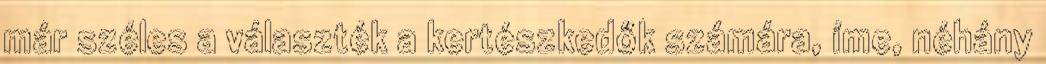
már széles a választék a kertészkedők számára, íme, néhány